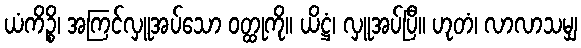
ယံကိဉ္စိ၊ အကြင်လှူအပ်သော ဝတ္ထုကို။ ယိဋ္ဌံ၊ လှူအပ်ပြီ။ ဟုတံ၊ လာလာသမျှ